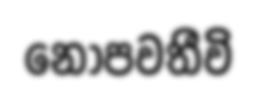
නොපවතීවි